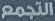
التجمع